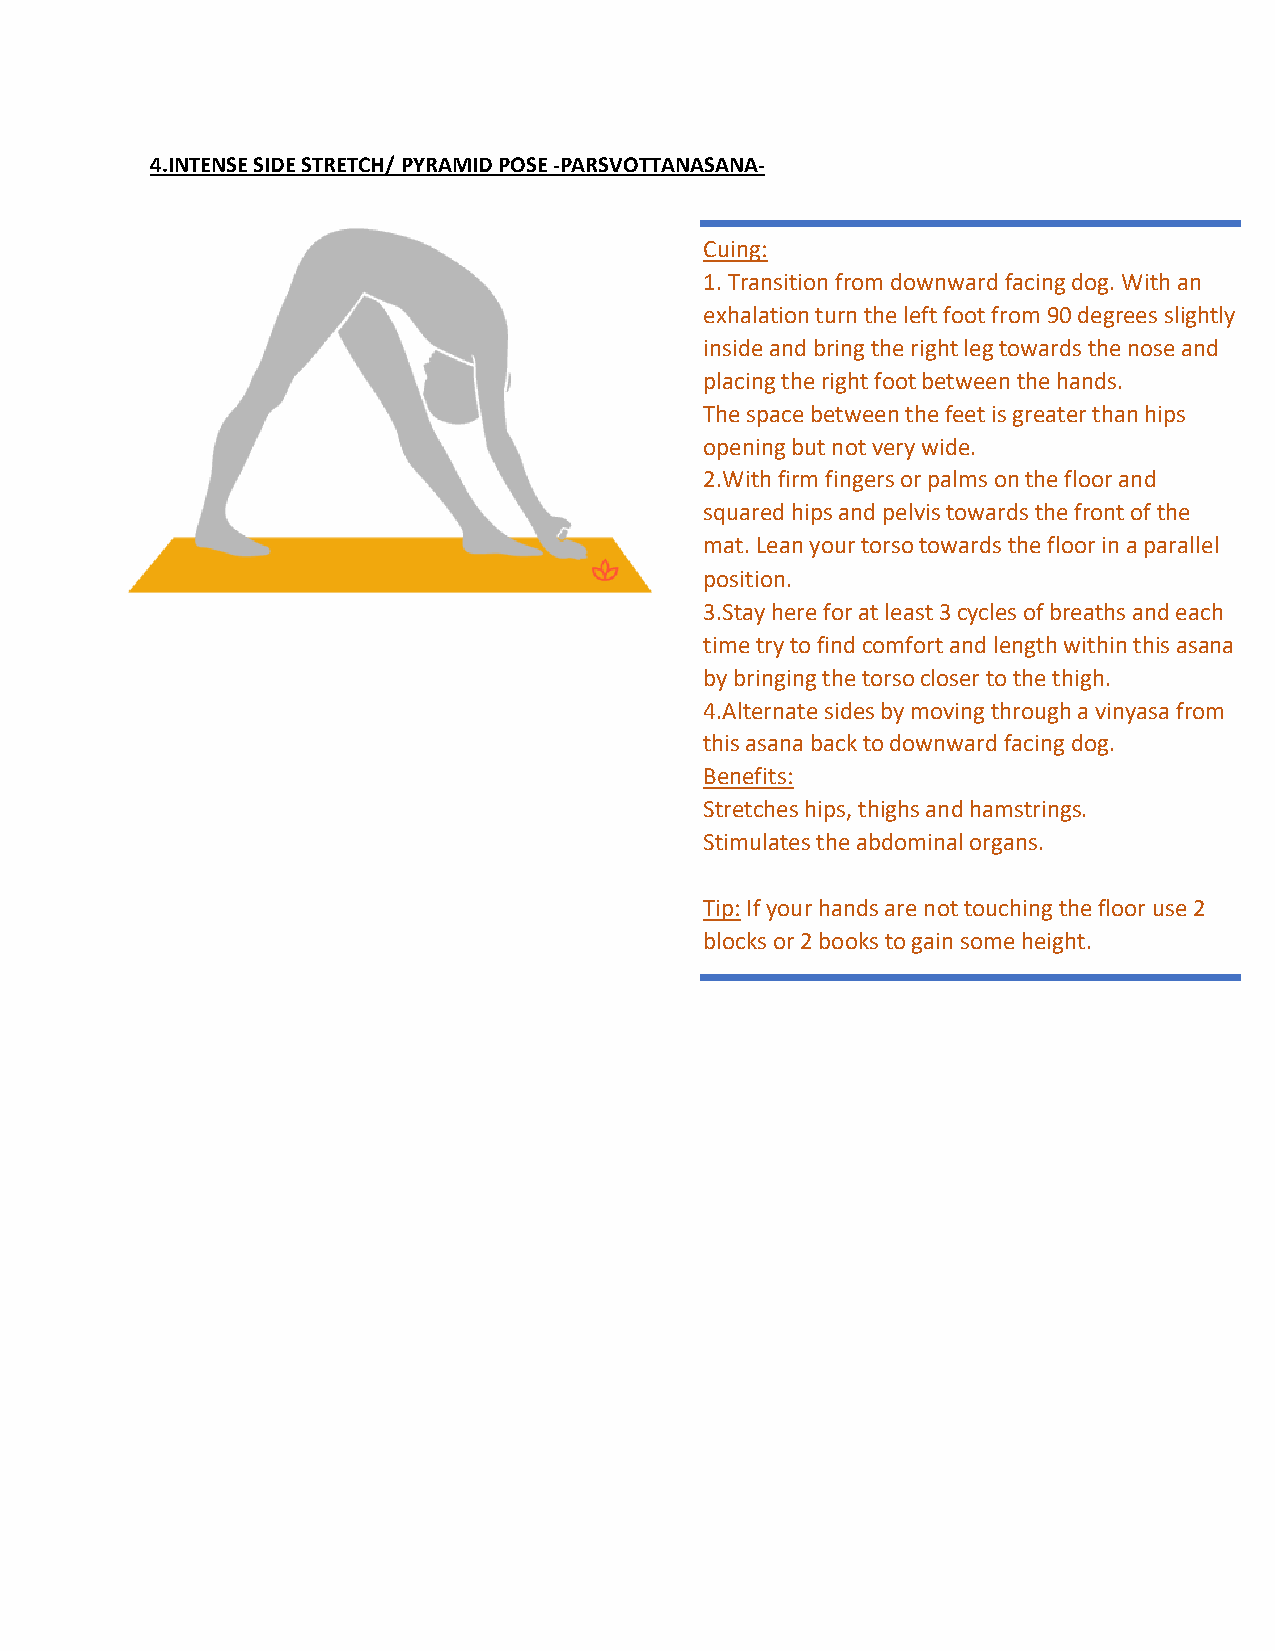
4.INTENSE SIDE STRETCH/ PYRAMID POSE -PARSVOTTANASANA-
 Cuing:
 1. Transition from downward facing dog. With an
 exhalation turn the left foot from 90 degrees slightly
 inside and bring the right leg towards the nose and
 placing the right foot between the hands.
 The space between the feet is greater than hips
 opening but not very wide.
 2.With firm fingers or palms on the floor and
 squared hips and pelvis towards the front of the
 mat. Lean your torso towards the floor in a parallel
 position.
 3.Stay here for at least 3 cycles of breaths and each
 time try to find comfort and length within this asana
 by bringing the torso closer to the thigh.
 4.Alternate sides by moving through a vinyasa from
 this asana back to downward facing dog.
 Benefits:
 Stretches hips, thighs and hamstrings.
 Stimulates the abdominal organs.
 Tip: If your hands are not touching the floor use 2
 blocks or 2 books to gain some height.